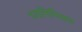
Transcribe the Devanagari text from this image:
ध्वनिमिश्रण